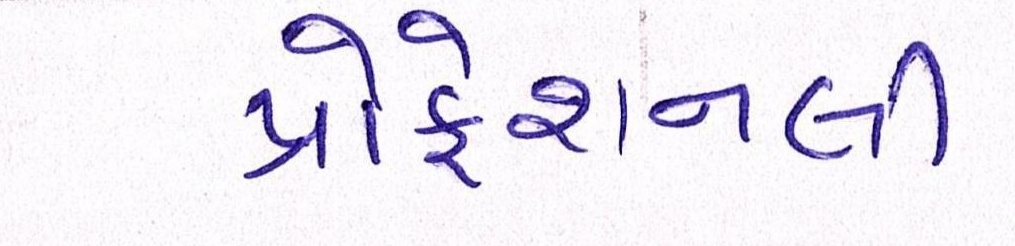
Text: પ્રોફેશનલી